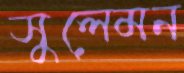
সুলেমন